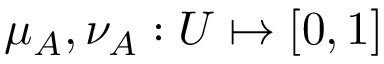
\mu _ { A } , \nu _ { A } : U \mapsto [ 0 , 1 ]